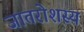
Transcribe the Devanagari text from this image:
जातरोशस्य